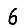
Digit: 6